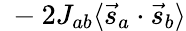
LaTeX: \ -2J_{ab}\langle{\vec{s}}_{a}\cdot{\vec{s}}_{b}\rangle